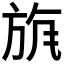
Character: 𣃲